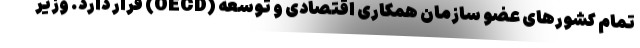
تمام کشورهای عضو سازمان همکاری اقتصادی و توسعه (OECD) قرار دارد. وزیر